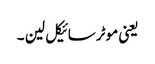
یعنی موٹرسائیکل لین ۔